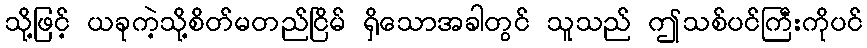
သို့ဖြင့် ယခုကဲ့သို့စိတ်မတည်ငြိမ် ရှိသောအခါတွင် သူသည် ဤသစ်ပင်ကြီးကိုပင်